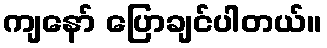
ကျနော် ပြောချင်ပါတယ်။